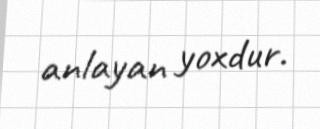
anlayan yoxdur.